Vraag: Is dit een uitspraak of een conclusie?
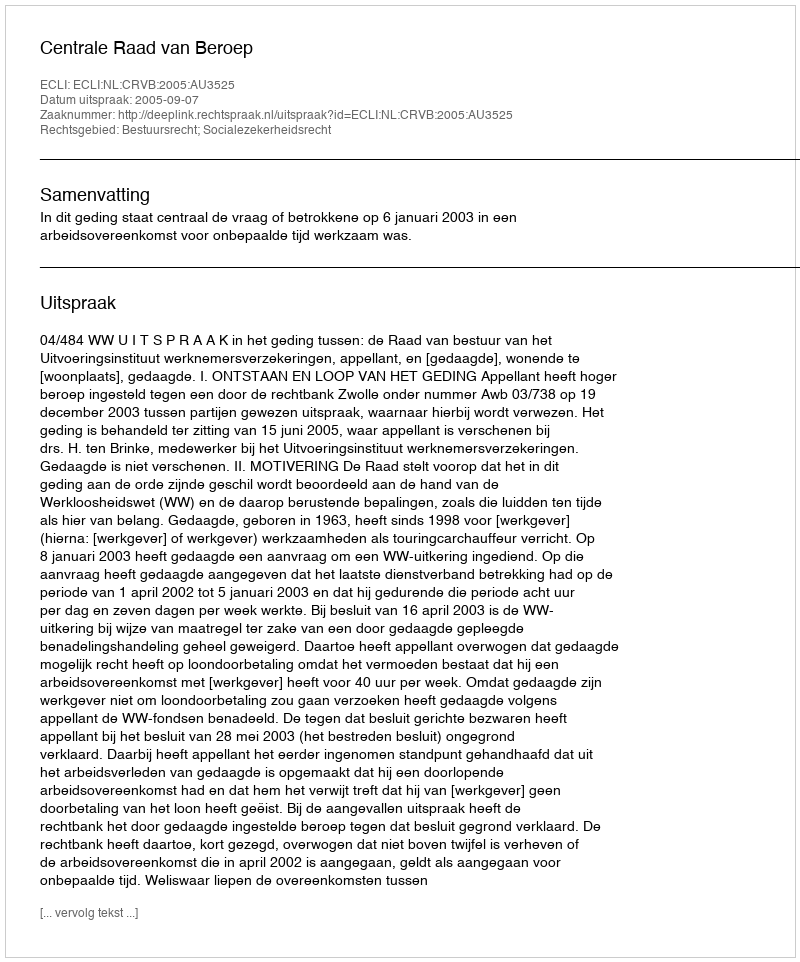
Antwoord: Uitspraak